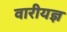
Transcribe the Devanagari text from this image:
वारीयज्ञ